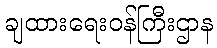
ချထားရေးဝန်ကြီးဌာန